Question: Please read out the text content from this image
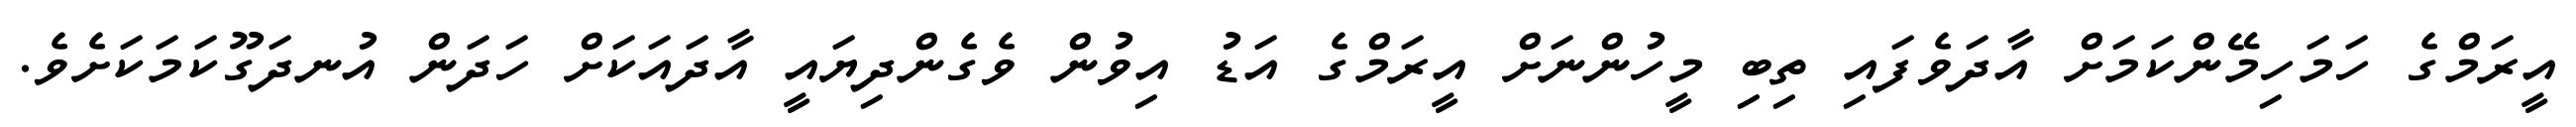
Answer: އީރަމްގެ ހަމަހިމޭންކަމަށް އާދަވެފައި ތިބި މީހުންނަށް އީރަމްގެ އަޑު އިވުން ވެގެންދިޔައީ އާދައަކަށް ހަދަން އުނދަގޫކަމަކަށެވެ.